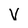
Character: V